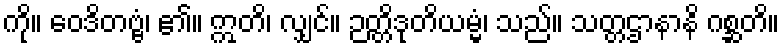
ကို။ ဝေဒိတဗ္ဗံ၊ ၏။ ဣတိ၊ လျှင်။ ဉတ္တိဒုတိယမ္မံ၊ သည်။ သတ္တဌာနာနိ ဂစ္ဆတိ။